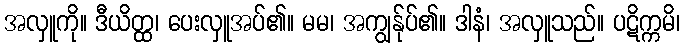
အလှူကို။ ဒီယိတ္ထ၊ ပေးလှူအပ်၏။ မမ၊ အကျွန်ုပ်၏။ ဒါနံ၊ အလှူသည်။ ပဋိက္ကမိ၊